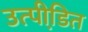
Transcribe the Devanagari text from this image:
उत्पीडि़त